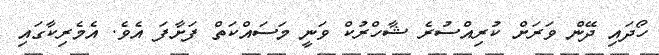
ހޯދައި ދޭން ވަރަށް ކުރިއްސުރެ ޝާހްރުކް ވަނީ މަސައްކަތް ފަށާފަ އެވެ. އެމެރިކާގައި